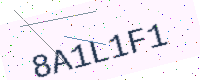
Text: 8A1L1F1